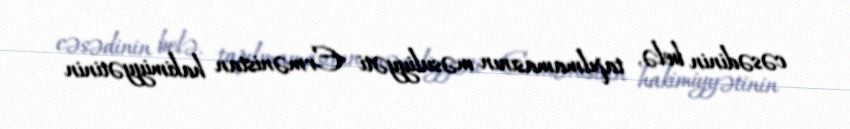
cəsədinin belə, tapılmamasının məsuliyyəti Ermənistan hakimiyyətinin